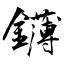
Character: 鑮